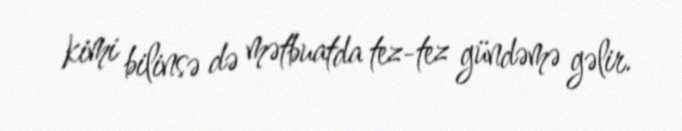
kimi bilinsə də mətbuatda tez-tez gündəmə gəlir.